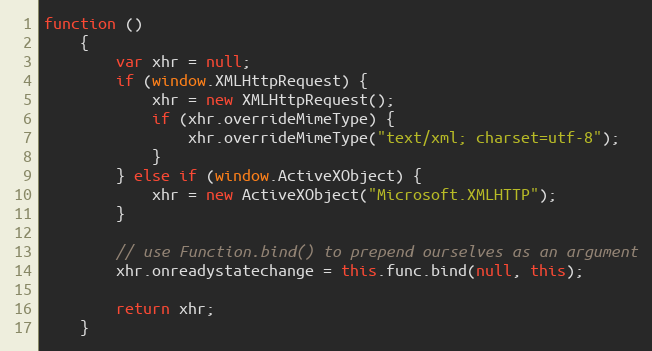
Language: JavaScript
function ()
    {
        var xhr = null;
        if (window.XMLHttpRequest) {
            xhr = new XMLHttpRequest();
            if (xhr.overrideMimeType) {
                xhr.overrideMimeType("text/xml; charset=utf-8");
            }
        } else if (window.ActiveXObject) {
            xhr = new ActiveXObject("Microsoft.XMLHTTP");
        }

        // use Function.bind() to prepend ourselves as an argument
        xhr.onreadystatechange = this.func.bind(null, this);

        return xhr;
    }